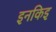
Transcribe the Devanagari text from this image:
इनकिइ